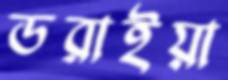
ডরাইয়া